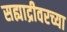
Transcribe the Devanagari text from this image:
सह्याद्रीवरच्या